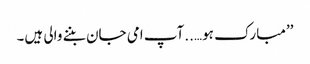
’’مبارک ہو…..آپ امی جان بننے والی ہیں۔